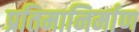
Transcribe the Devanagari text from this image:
प्रतिमानिर्माण